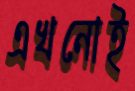
এখনোই